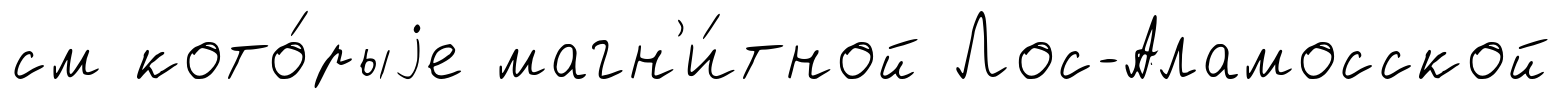
см кото́рыjе магн'и́тной Лос-Аламосской